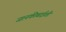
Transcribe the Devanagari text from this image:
जानकीबाईशी